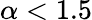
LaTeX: \alpha<1.5